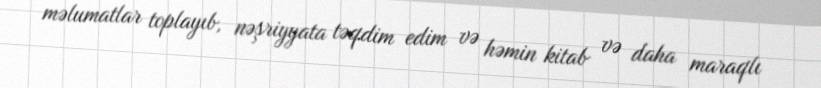
məlumatlar toplayıb, nəşriyyata təqdim edim və həmin kitab və daha maraqlı